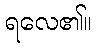
ရလေ၏။